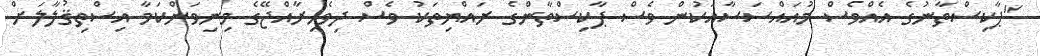
"ޕާކިސްތާނުގެ އެއްވެސް މުއައްސަސާއަކުން ވެސް ޕާކިސްތާންގެ ރައްޔިތަކު ވެސް ދިވެހިރާއްޖޭގެ މިނިވަންކަމާ އިސްތިޤުލާލަށް